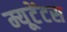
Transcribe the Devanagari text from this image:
म्यूटेंटस